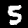
Label: 5